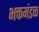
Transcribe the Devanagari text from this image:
भक्तमंडळ